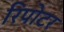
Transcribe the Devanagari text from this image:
रिपोटर